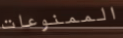
الممنوعات